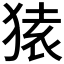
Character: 𫞤